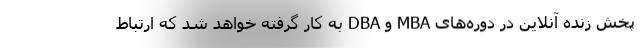
پخش زنده آنلاین در دوره‌های MBA و DBA به کار گرفته خواهد شد که ارتباط